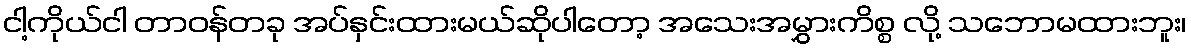
ငါ့ကိုယ်ငါ တာဝန်တခု အပ်နှင်းထားမယ်ဆိုပါတော့ အသေးအမွှားကိစ္စ လို့ သဘောမထားဘူး၊